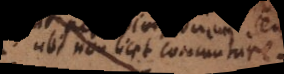
ubi non licet commutare:).